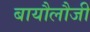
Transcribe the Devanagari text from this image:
बायौलौजी